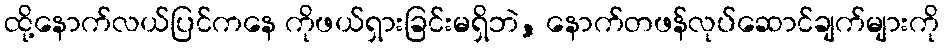
ထို့နောက်လယ်ပြင်ကနေ ကိုဖယ်ရှားခြင်းမရှိဘဲ, နောက်တဖန်လုပ်ဆောင်ချက်များကို